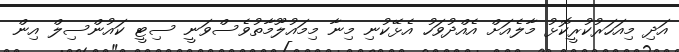
އަދި މިއަހަރުކުރީކޮޅު މާލެއަށް އެއްދުވަހު އެޅޭކުނި މިނާ މިމައުލޫމާތުވެސްވަނީ ސިޓީ ކައުންސިލް އިން